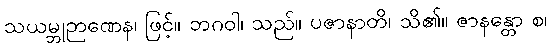
သယမ္ဘုဉာဏေန၊ ဖြင့်။ ဘဂဝါ၊ သည်။ ပဇာနာတိ၊ သိ၏။ ဇာနန္တော စ၊